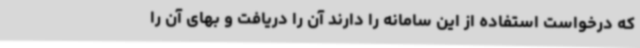
که درخواست استفاده از این سامانه را دارند آن را دریافت و بهای آن را